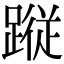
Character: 𮜀